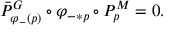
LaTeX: \bar { P } _ { \varphi _ { - } ( p ) } ^ { G } \circ \varphi _ { - * p } \circ P _ { p } ^ { M } = 0 .